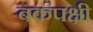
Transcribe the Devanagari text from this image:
बकपक्षी